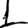
Digit: 1